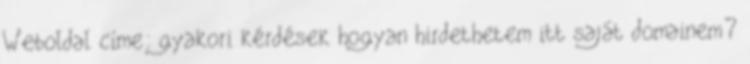
Weboldal címe: gyakori kérdések hogyan hirdethetem itt saját domainem?